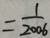
= \frac { 1 } { 2 0 0 6 }